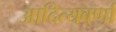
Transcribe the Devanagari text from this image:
आदित्यवर्णा